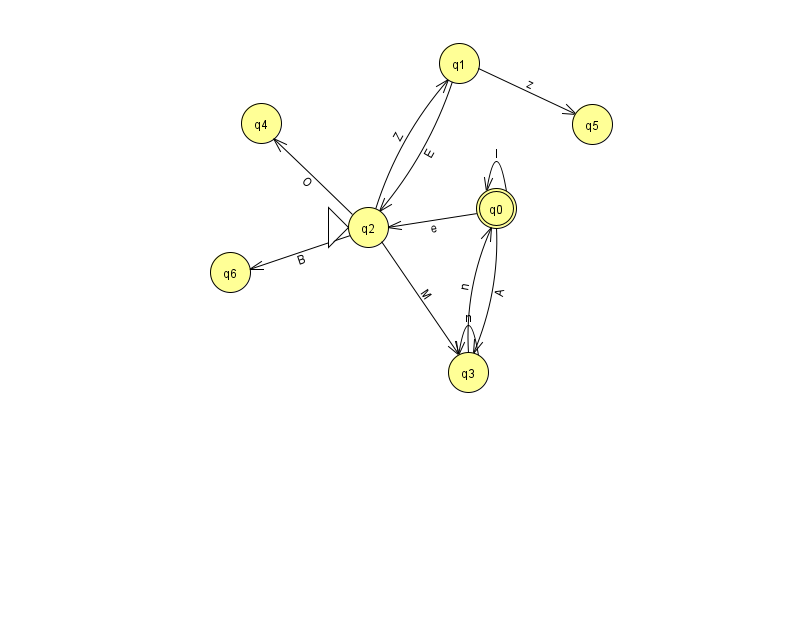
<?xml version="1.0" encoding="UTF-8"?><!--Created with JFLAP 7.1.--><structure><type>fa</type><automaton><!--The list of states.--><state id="0" name="q0"><x>496.0</x><y>195.0</y><final/></state><state id="1" name="q1"><x>459.0</x><y>50.0</y></state><state id="2" name="q2"><x>368.0</x><y>214.0</y><initial/></state><state id="3" name="q3"><x>468.0</x><y>359.0</y></state><state id="4" name="q4"><x>261.0</x><y>110.0</y></state><state id="5" name="q5"><x>592.0</x><y>111.0</y></state><state id="6" name="q6"><x>230.0</x><y>259.0</y></state><!--The list of transitions.--><transition><from>0</from><to>3</to><read>A</read></transition><transition><from>1</from><to>5</to><read>z</read></transition><transition><from>0</from><to>2</to><read>e</read></transition><transition><from>2</from><to>1</to><read>Z</read></transition><transition><from>2</from><to>3</to><read>M</read></transition><transition><from>0</from><to>0</to><read>l</read></transition><transition><from>1</from><to>2</to><read>E</read></transition><transition><from>2</from><to>4</to><read>O</read></transition><transition><from>2</from><to>6</to><read>B</read></transition><transition><from>3</from><to>0</to><read>n</read></transition><transition><from>3</from><to>3</to><read>n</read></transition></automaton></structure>